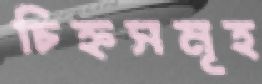
চিহ্নসমূহ